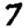
Digit: 7